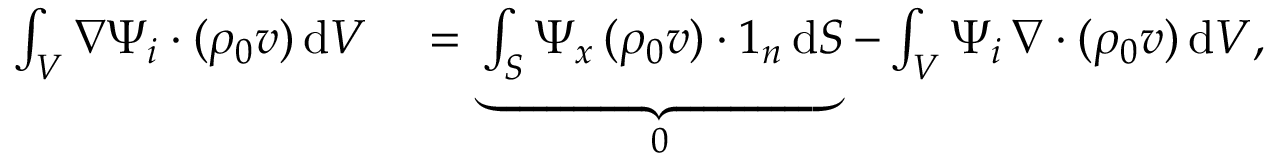
\begin{array} { r l } { \int _ { V } \nabla \Psi _ { i } \boldsymbol { \cdot } ( \rho _ { 0 } \boldsymbol { v } ) \, \mathrm { d } V } & { { } = \underbrace { \int _ { S } \Psi _ { x } \, ( \rho _ { 0 } \boldsymbol { v } ) \boldsymbol { \cdot } \boldsymbol { 1 } _ { n } \, \mathrm { d } S } _ { 0 } - \int _ { V } \Psi _ { i } \, \nabla \boldsymbol { \cdot } ( \rho _ { 0 } \boldsymbol { v } ) \, \mathrm { d } V , } \end{array}